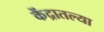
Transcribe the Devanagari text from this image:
केंद्रातल्या